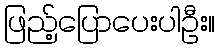
ဖြည့်ပြောပေးပါဦး။